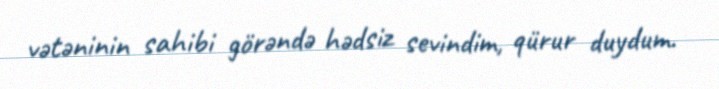
vətəninin sahibi görəndə hədsiz sevindim, qürur duydum.